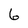
Character: 6